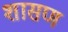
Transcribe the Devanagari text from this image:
शासण